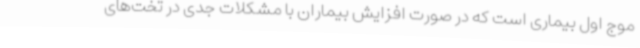
موج اول بیماری است که در صورت افزایش بیماران با مشکلات جدی در تخت‌های